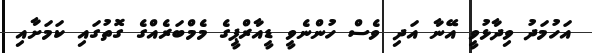
އަހުމަދު ވިދާޅުވީ އޭނާ އަދި ވެސް ހުންނެވީ ޑީއާރްޕީގެ މެމްބަރެއްގެ ގޮތުގައި ކަމަށާއި